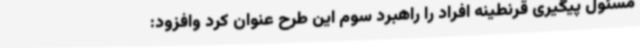
مسئول پیگیری قرنطینه افراد را راهبرد سوم این طرح عنوان کرد وافزود: